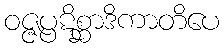
ဝဇ္ဇပ္ပဋိစ္ဆာဒိကာတိပေ